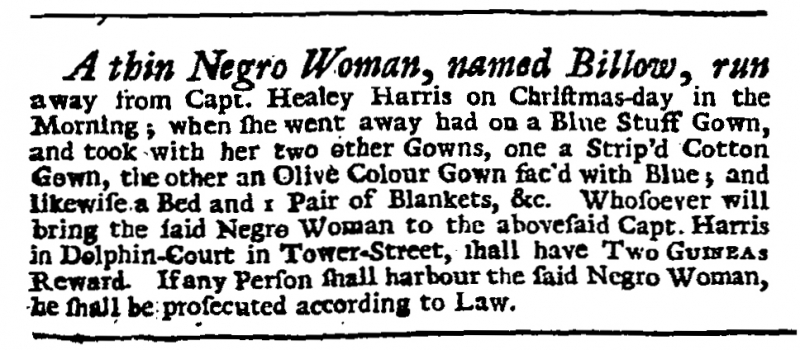
Daily Journal, 2 January 1731 (England)
A Thin Negro Woman, named Billow, run away from Capt. Healey Harris on Christmas-day in the Morning; when she went away had on a Blue Stuff Gown, and took with her two other Gowns, one a Strip’d Cotton Gown, the other an Olive Colour Gown fac’d with Blue; and likewise a Bed and 1 Pair of Blankets, &c. Whosoever will bring the said Negro Woman to the abovesaid Capt. Harris in Dolphin-Court in Tower-Street, shall have TWO GUINEAS Reward. If any Person shall harbour the said Negro Woman, he shall be prosecuted according to Law.